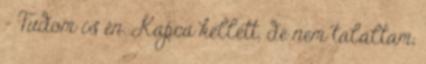
- Tudom is én. Kapca kellett, de nem találtam,